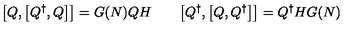
\bigl [ Q , \bigl [ Q ^ { \dagger } , Q \bigr ] \bigr ] = G ( N ) Q H \qquad \bigl [ Q ^ { \dagger } , \bigl [ Q , Q ^ { \dagger } \bigr ] \bigr ] = Q ^ { \dagger } H G ( N )